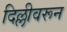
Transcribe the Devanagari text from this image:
दिल्लीवरून